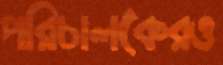
পরিচালকেরও